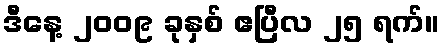
ဒီနေ့ ၂၀၀၉ ခုနှစ် ဧပြီလ ၂၅ ရက်။